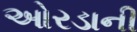
ઓરડાની